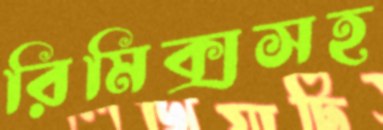
রিমিক্সসহ